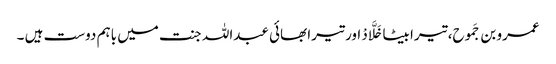
عمرو بن جَموح، تیرا بیٹا خَلَّادْ اور تیرا بھائی عبداللہ جنت میں باہم دوست ہیں ۔